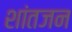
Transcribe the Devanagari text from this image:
शांतजन